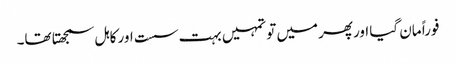
فوراً مان گیا اورپھر میں تو تمہیں بہت سست اور کاہل سمجھتا تھا۔